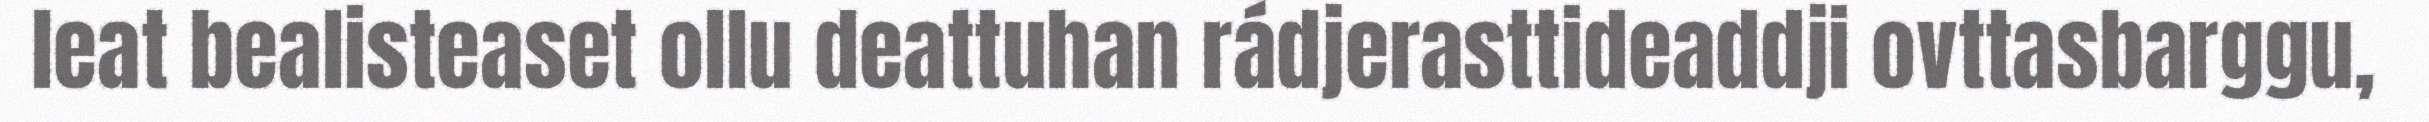
leat bealisteaset ollu deattuhan rádjerasttideaddji ovttasbarggu,